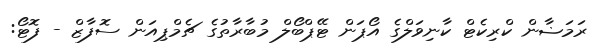
ރަމަޟާން ކްރިކެޓް ކާނިވަލްގެ އޯޕަން ޓޭޕްބޯލް މުބާރާތުގެ ޗެމްޕިއަން ސޮފާޒް - ފޮޓޯ: